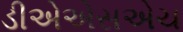
ડીએએસએચ